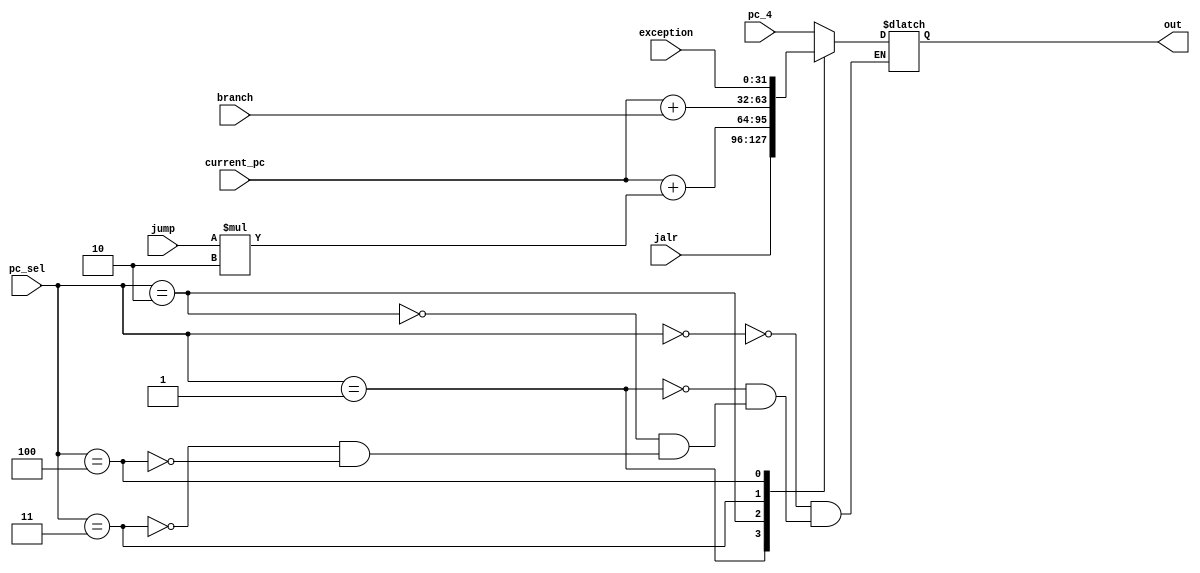
module MUX5(input wire [2:0] pc_sel, input [31:0] current_pc, input wire [31:0] pc_4, input wire [31:0] jalr, input wire [11:0] branch, input wire [19:0] jump, input wire [31:0] exception, output reg [31:0] out);
reg [19:0] jump_loc;
//reg [11:0] branch_loc;

always @ ( pc_sel, pc_4 ) begin
//$display("setting instruction, pc_sel = %d", pc_sel);
  case ( pc_sel )
  3'b000: begin
    out = pc_4;
  end
  3'b001: begin
    out = jalr;
  end
  3'b010: begin
    jump_loc = jump * 2;
    //$display("jumping to... pc + %d", $signed(jump_loc));
    out = $signed(current_pc) + $signed(jump_loc);
  end
  3'b011: begin
    //branch_loc = branch * 2;
    out = $signed(current_pc) + $signed(branch);
  end
  3'b100: begin
    out = exception;
  end
  endcase
end

endmodule